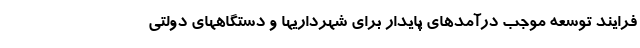
فرایند توسعه موجب درآمدهای پایدار برای شهرداریها و دستگاههای دولتی